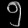
Digit: ၅